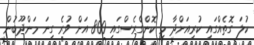
ކުލަ ގޮތެއްގައި ކުރިއަށްދާ މި ކޮންގްރެސްގައި 800 އަށް ވުރެ ގިނަ މަންދޫބުން